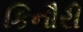
કિનૌરી